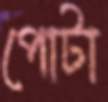
পোটা